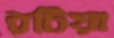
রটিয়া